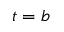
t = b